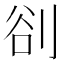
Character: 𭃣